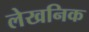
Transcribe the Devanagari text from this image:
लेखनिक